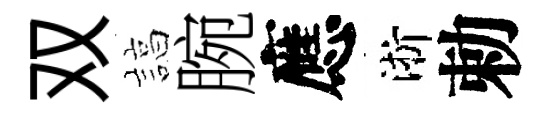
双諄腕應淅勅